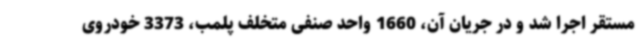
مستقر اجرا شد و در جریان آن، 1660 واحد صنفی متخلف پلمب، 3373 خودروی